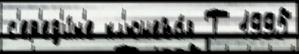
с'ер'ед'и́н'е кл'ючева́я Т 1995